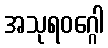
အသုရဝဂ္ဂေါ